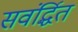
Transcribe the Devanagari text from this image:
सवंर्द्धित